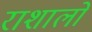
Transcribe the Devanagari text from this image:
राशालो